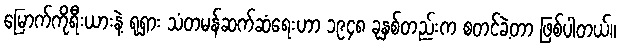
မြောက်ကိုရီးယားနဲ့ ရုရှား သံတမန်ဆက်ဆံရေးဟာ ၁၉၄၈ ခုနှစ်တည်းက စတင်ခဲ့တာ ဖြစ်ပါတယ်။